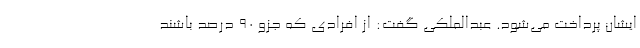
ایشان پرداخت می‌شود. عبدالملکی گفت: از افرادی که جزو ۹۰ درصد باشند